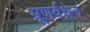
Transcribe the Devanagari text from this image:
भ्रूणर्वध्रन